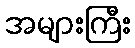
အများကြီး